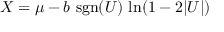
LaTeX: X = \mu - b \, \operatorname { s g n } ( U ) \, \ln ( 1 - 2 | U | )